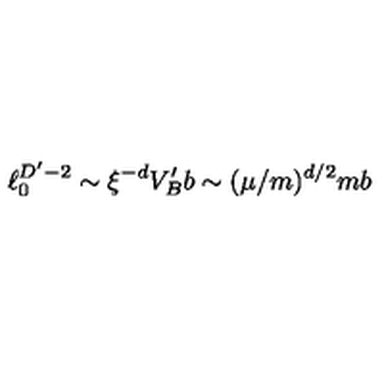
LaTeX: \ell _ { 0 } ^ { D ^ { \prime } - 2 } \sim \xi ^ { - d } V _ { B } ^ { \prime } b \sim ( \mu / m ) ^ { d / 2 } m b